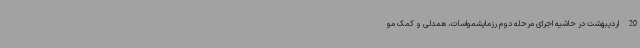
20 اردیبهشت در حاشیه اجرای مرحله دوم رزمایشمواسات، همدلی و کمک مو